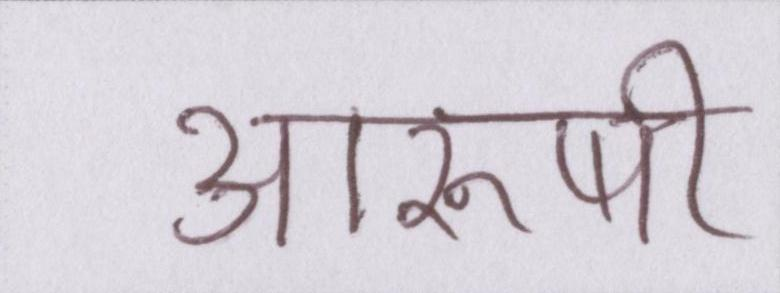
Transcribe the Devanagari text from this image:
आरुषी